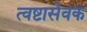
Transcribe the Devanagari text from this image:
त्वष्टासेवक